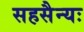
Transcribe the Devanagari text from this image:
सहसैन्यः